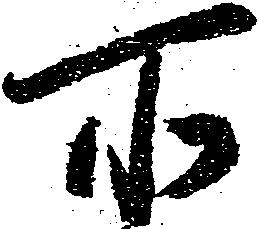
所